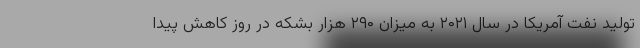
تولید نفت آمریکا در سال ۲۰۲۱ به میزان ۲۹۰ هزار بشکه در روز کاهش پیدا